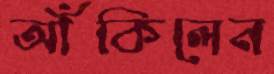
আঁকিলেন